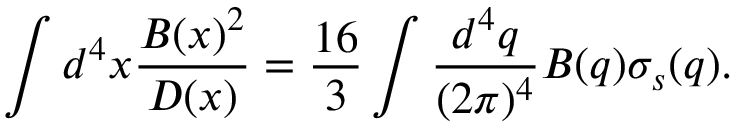
\int d ^ { 4 } x \frac { B ( x ) ^ { 2 } } { D ( x ) } = \frac { 1 6 } { 3 } \int \frac { d ^ { 4 } q } { ( 2 \pi ) ^ { 4 } } B ( q ) \sigma _ { s } ( q ) .